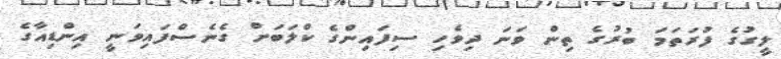
ލީގުގެ ފުރަތަމަ ބުރުގެ ތިން ވަނަ ދިވެހި ސިފައިންގެ ކްލަބަށް ގެނެސްފައިވަނީ އިންޑިއާގެ